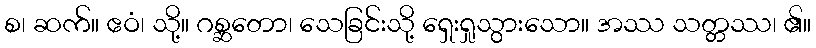
စ၊ ဆက်။ ဧဝံ၊ သို့။ ဂစ္ဆတော၊ သေခြင်းသို့ ရှေးရှုသွားသော။ အဿ သတ္တဿ၊ ၏။